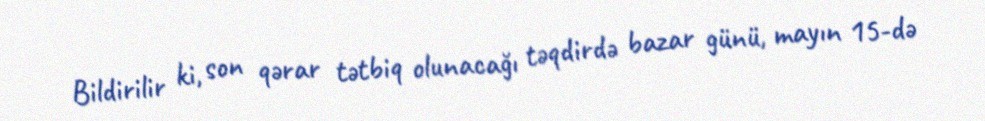
Bildirilir ki, son qərar tətbiq olunacağı təqdirdə bazar günü, mayın 15-də